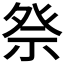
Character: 𫞴